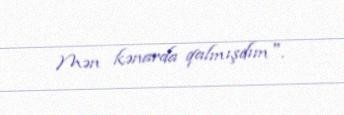
Mən kənarda qalmışdım".